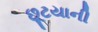
છૂટયાની